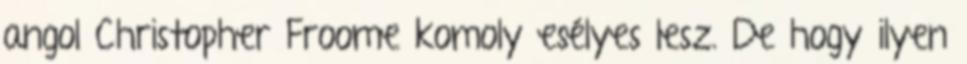
angol Christopher Froome komoly esélyes lesz. De hogy ilyen